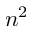
n ^ { 2 }